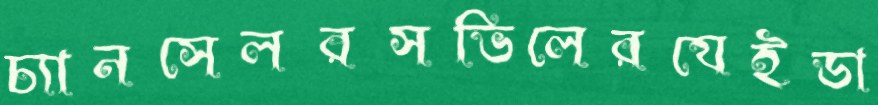
চ্যানসেলরসভিলেরযেইডা